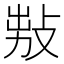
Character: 𢽅